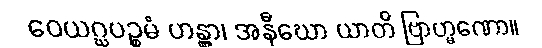
ဝေယဂ္ဃပဉ္စမံ ဟန္တွာ၊ အနီဃော ယာတိ ဗြာဟ္မဏော။